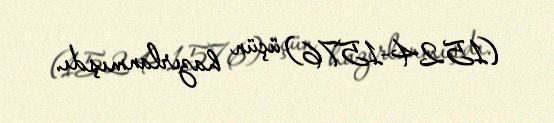
(1524-1576) üçün hazırlanmışdı.